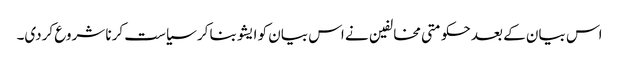
اس بیان کے بعد حکومتی مخالفین نے اس بیان کو ایشو بنا کر سیاست کرنا شروع کردی۔